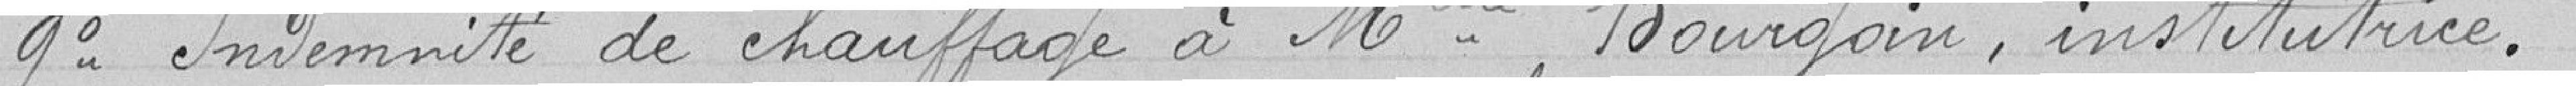
9° Indemnité de chauffage à Melle Bourgoin, institutrice.